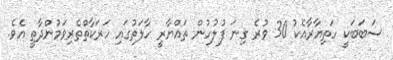
ސަބަބަކީ ހަތިޔާރާއެކު 30 ވުރެ ގިނަ ފުލުހުން ތައްޔާރީ ހާލަތުގައި ހަރަކާތްތެރިވަމުންދާތީ އެވެ.